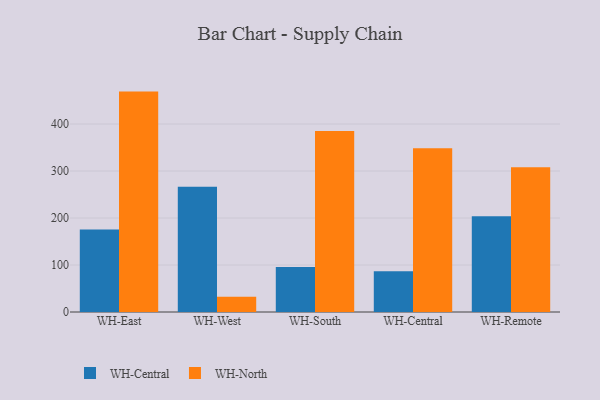
{"axis": {"x": "Warehouse", "y": "Page Views"}, "legend": ["WH-Central", "WH-North"], "data": [{"x": "WH-East", "y": 175.6, "type": "WH-Central"}, {"x": "WH-East", "y": 469.0, "type": "WH-North"}, {"x": "WH-West", "y": 266.3, "type": "WH-Central"}, {"x": "WH-West", "y": 32.7, "type": "WH-North"}, {"x": "WH-South", "y": 95.7, "type": "WH-Central"}, {"x": "WH-South", "y": 385.1, "type": "WH-North"}, {"x": "WH-Central", "y": 86.7, "type": "WH-Central"}, {"x": "WH-Central", "y": 348.2, "type": "WH-North"}, {"x": "WH-Remote", "y": 203.9, "type": "WH-Central"}, {"x": "WH-Remote", "y": 308.0, "type": "WH-North"}]}